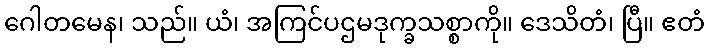
ဂေါတမေန၊ သည်။ ယံ၊ အကြင်ပဌမဒုက္ခသစ္စာကို။ ဒေသိတံ၊ ပြီ။ ဧတံ